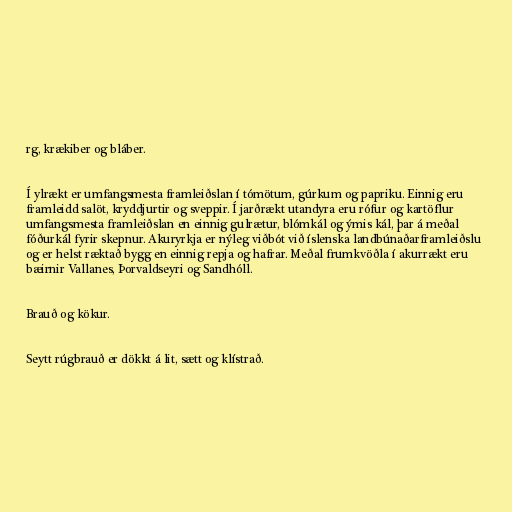
rg, krækiber og bláber.

Í ylrækt er umfangsmesta framleiðslan í tómötum, gúrkum og papriku. Einnig eru
framleidd salöt, kryddjurtir og sveppir. Í jarðrækt utandyra eru rófur og kartöflur
umfangsmesta framleiðslan en einnig gulrætur, blómkál og ýmis kál, þar á meðal
fóðurkál fyrir skepnur. Akuryrkja er nýleg viðbót við íslenska landbúnaðarframleiðslu
og er helst ræktað bygg en einnig repja og hafrar. Meðal frumkvöðla í akurrækt eru
bæirnir Vallanes, Þorvaldseyri og Sandhóll.

Brauð og kökur.

Seytt rúgbrauð er dökkt á lit, sætt og klístrað.